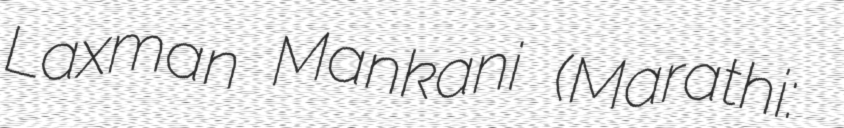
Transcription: Laxman Mankani (Marathi: रवींद्र